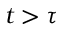
t > \tau